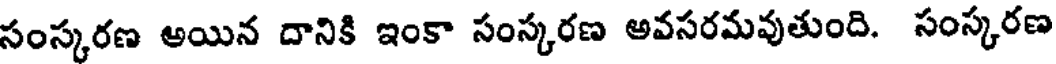
సంస్కరణ అయిన దానికి ఇంకా సంస్కరణ అవసరమవుతుంది. సంస్కరణ